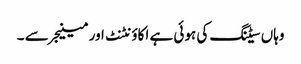
وہاں سیٹنگ کی ہوئی ہے اکاؤنٹنٹ اور مینیجر سے ۔